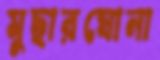
মুছারঘোনা